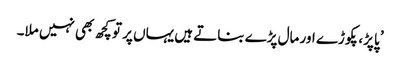
’ پاپڑ، پکوڑے اور مال پڑے بناتے ہیں یہاں پر تو کچھ بھی نہیں ملا۔